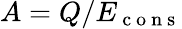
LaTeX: A=Q/E_{\mathrm{~c~o~n~s~}}